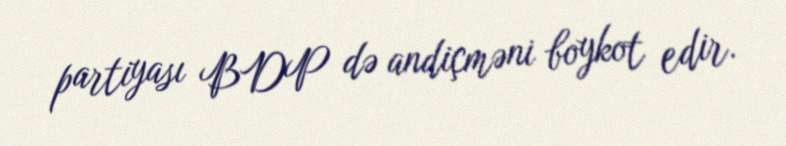
partiyası BDP də andiçməni boykot edir.